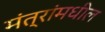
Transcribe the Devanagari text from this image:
मंत्रांमधील